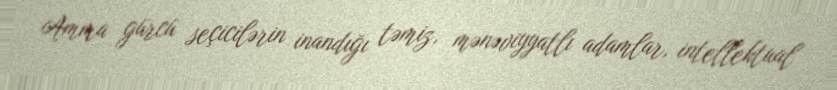
Amma gürcü seçicilərin inandığı təmiz, mənəviyyatlı adamlar, intellektual